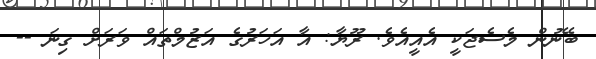
ބޭނުން މެސެޖަކީ އެއީއެވެ. ރޫޔާ: އާ އަހަރުގެ އަޒުމްތައް ވަރަށް ގިނަ --